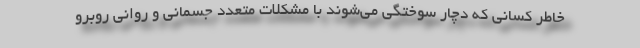
خاطر کسانی که دچار سوختگی می‌شوند با مشکلات متعدد جسمانی و روانی روبرو